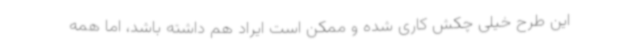
این طرح خیلی چکش کاری شده و ممکن است ایراد هم داشته باشد، اما همه